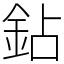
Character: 鉆